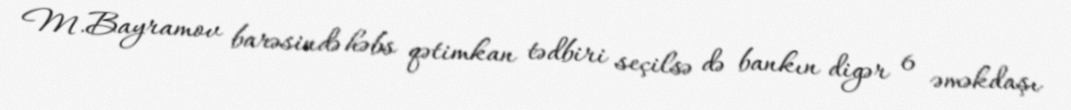
M.Bayramov barəsində həbs qətimkan tədbiri seçilsə də bankın digər 6 əməkdaşı